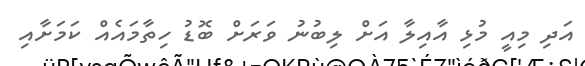
އަދި މިއީ މުޅި އާއިލާ އަށް ލިބުނު ވަރަށް ބޮޑު ހިތާމައެއް ކަމަށާއި